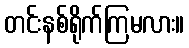
တင်းနစ်ရိုက်ကြမလား။